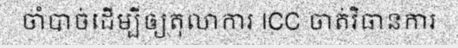
ចាំបាច់ដើម្បីឲ្យតុលាការ ICC ចាត់វិធានការ